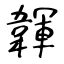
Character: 韗